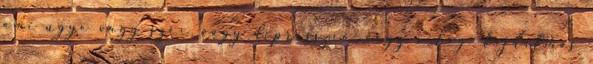
ami ugye vagy szex, vagy depresszió, vagy világ- fájdalmas